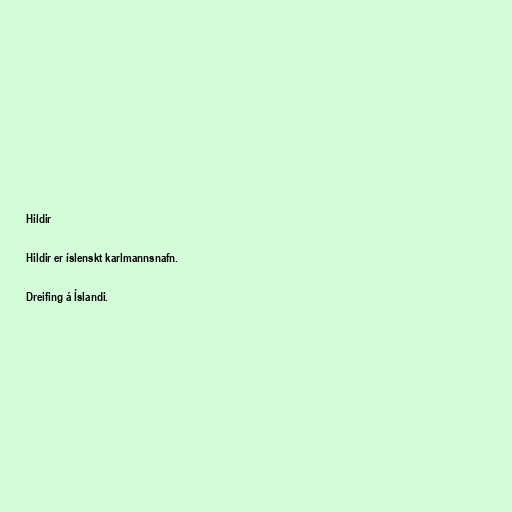
Hildir

Hildir er íslenskt karlmannsnafn.

Dreifing á Íslandi.